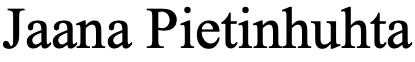
Jaana Pietinhuhta